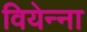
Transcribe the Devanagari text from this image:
वियेन्ना